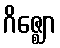
ဂိဇ္ဈော